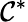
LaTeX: \mathcal{C}^{*}